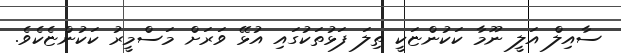
ސާއިލް އަލީ ނޫމާ ކަކުންޏަކީ ތިލަ ފަޅުތަކުގައި އުޅޭ ވަރަށް މަސްމީރު ކަކުންޏެކެވެ.